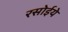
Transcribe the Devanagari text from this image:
रसोईये